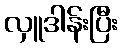
လှူဒါန်းပြီး